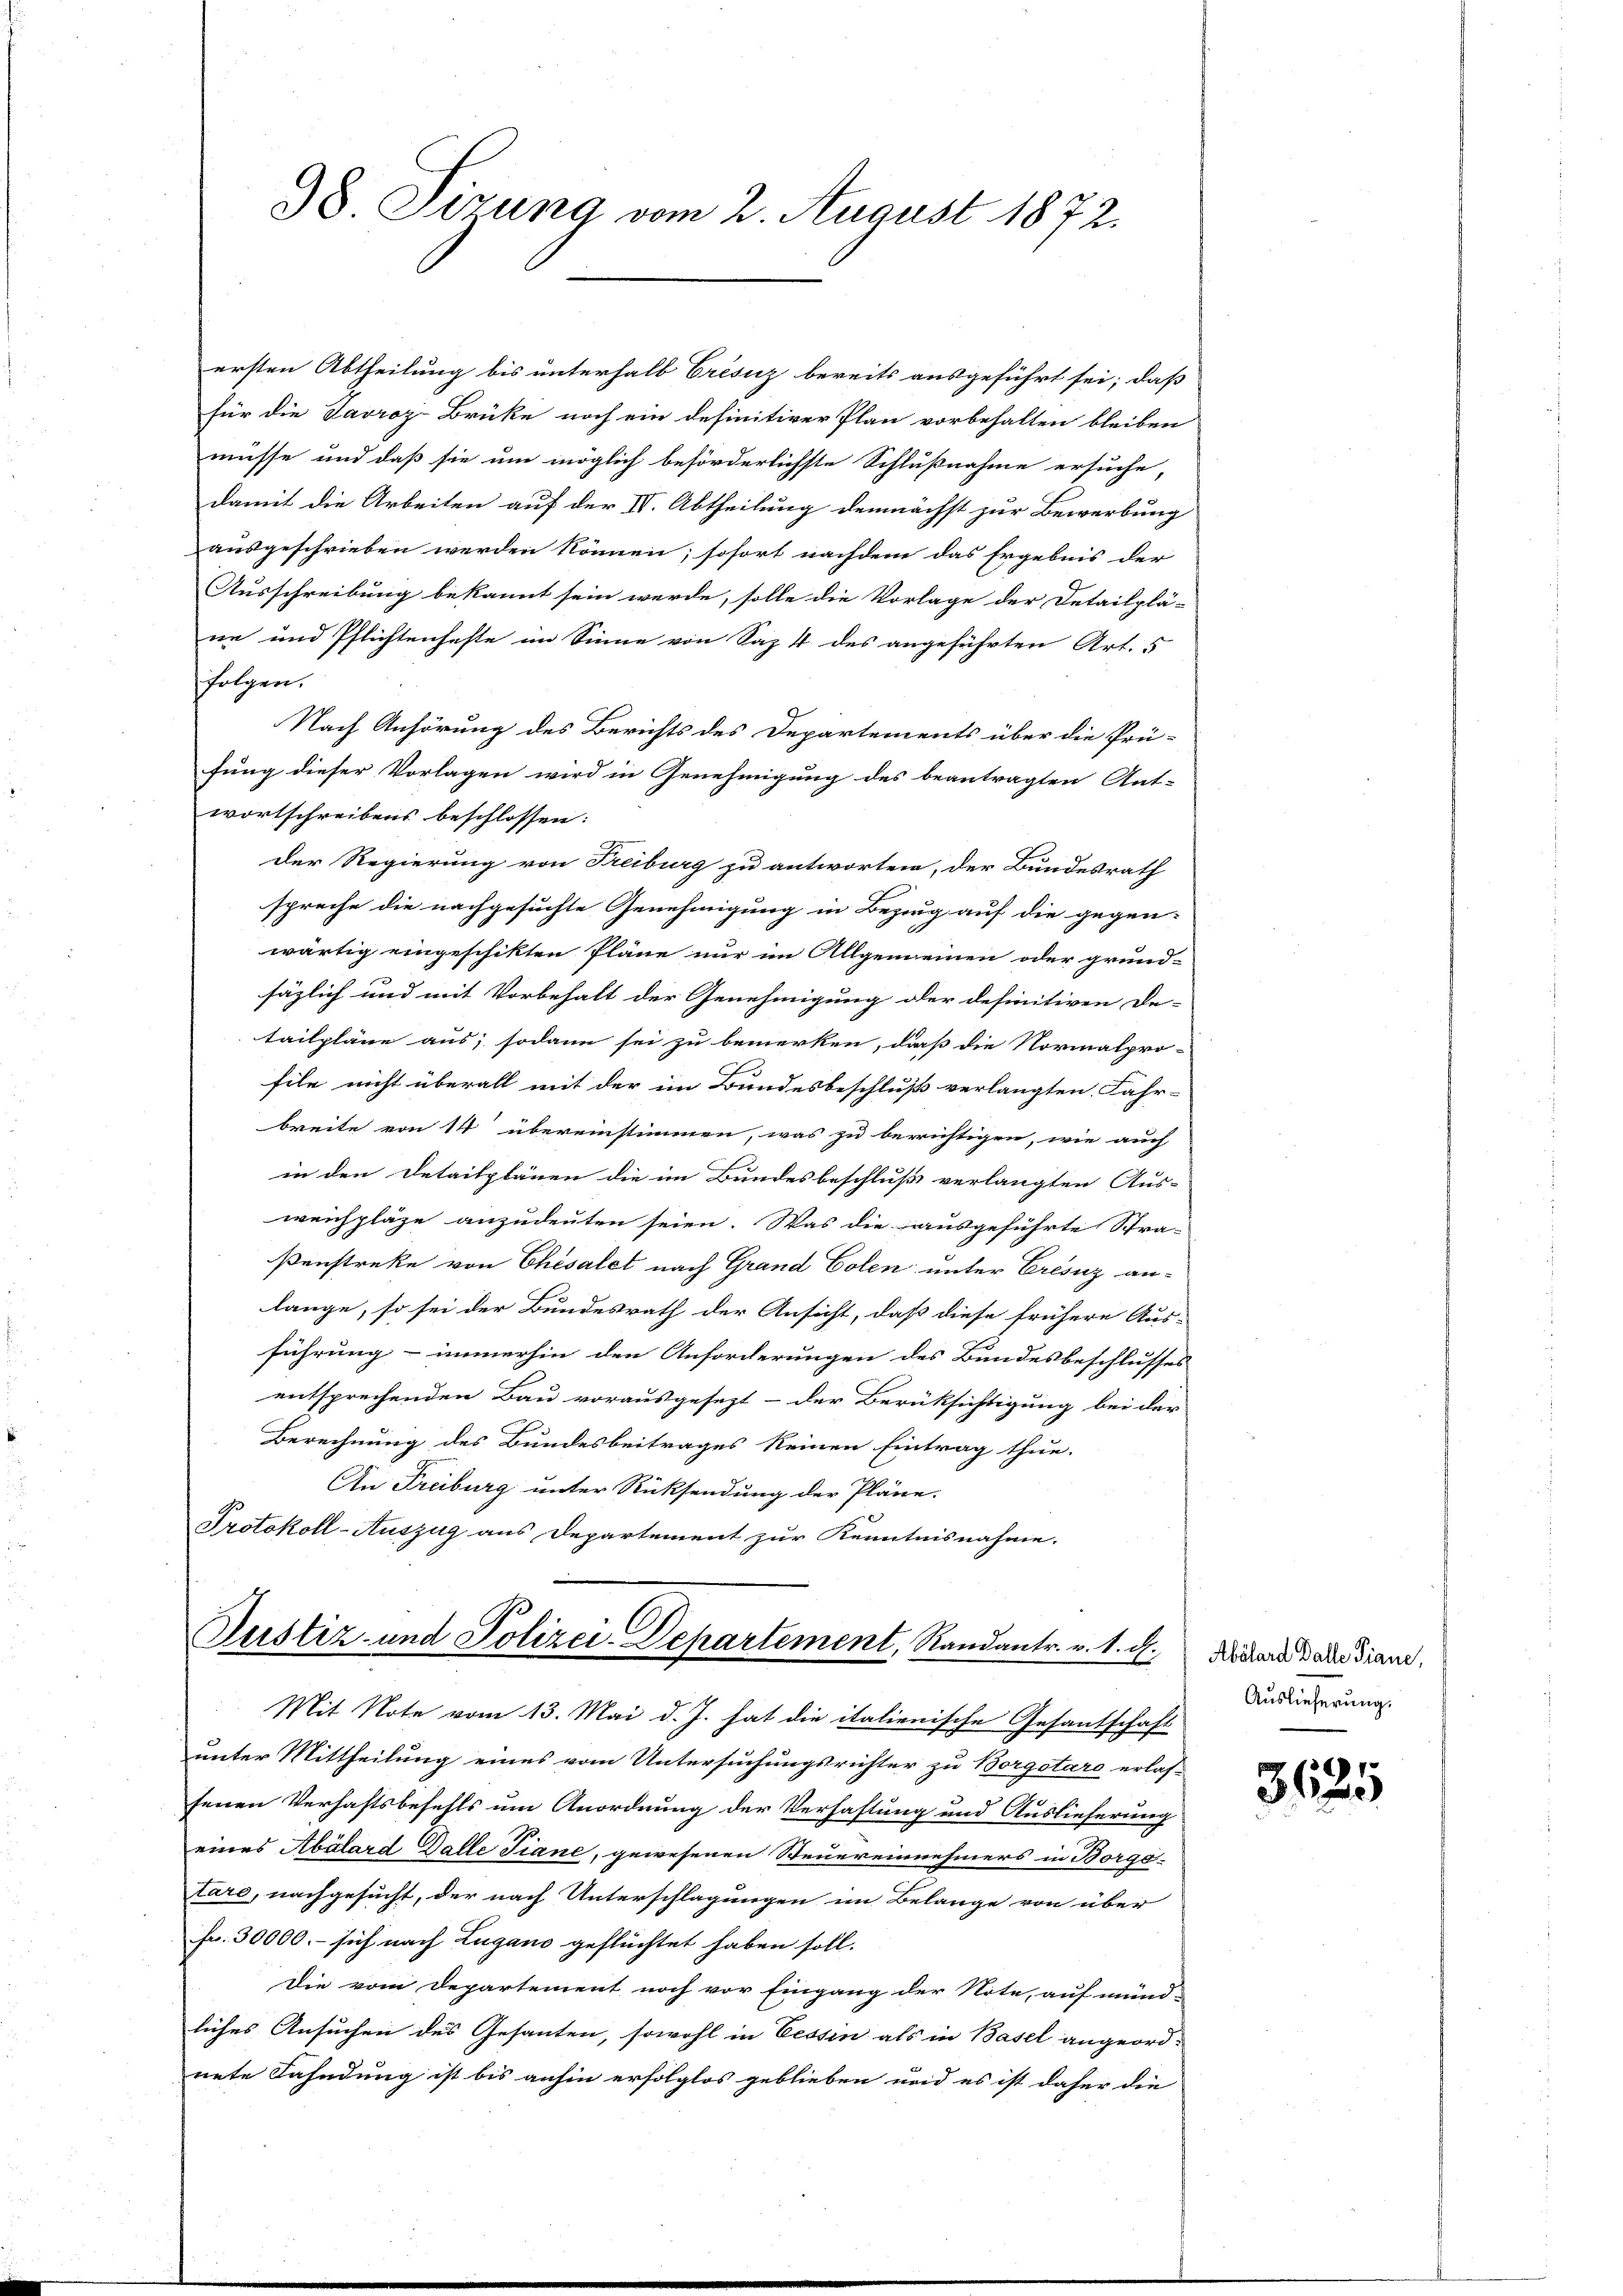
98 Sizung vom 2. August 1872.

ersten Abtheilung bis unterhalb Cresiz bereits ausgeführt sei; daß
für die Savroz-Brüke noch ein definitiver Plan vorbehalten bleiben
müsse und daß sie um möglich beförderlichste Schlußnahme ersuche,
damit die Arbeiten auf der IV. Abtheilung demnächst zur Bewerbung
ausgeschrieben werden können; sofort nachdem das Ergebnis der
Ausschreibung bekannt sein werde, solle die Vorlage der Detailplä-
ne und Pflichtenhefte im Sinne von Saz 4 des angeführten Art. 5
folgen.
Nach Anhörung des Berichts des Departements über die Prü-
fung dieser Vorlagen wird in Genehmigung des beantragten Ant-
wortschreibens beschlossen:
Der Regierung von Freiburg zu antworten, der Bundesrath
spreche die nachgesuchte Genehmigung in Bezug auf die gegen-
wärtig eingeschikten Pläne nur im Allgemeinen oder grund-
säzlich und mit Vorbehalt der Genehmigung oder definitiven De-
tailpläne aus; sodann sei zu bemerken, daß die Normalpro-
file nicht überall mit der im Bundesbeschluß verlangten Fahr-
breite von 14 übereinstimmen, was zu berichtigen, wie auch
in den Detailplänen die im Bundesbeschluß verlangten Aus-
weichpläge anzudeuten seien. Was die ausgeführte Stra-
ßenstreke von Chesalet nach Grand Colen unter Crésiz an-
lange, so sei der Bundesrath der Ansicht, daß diese frühere Aus-
führung - immerhin den Anforderungen des Bundesbeschlusses
entsprechenden Bau vorausgesezt - der Berüksichtigung bei der
Berechnung des Bundesbeitrages keinen Eintrag thue.
An Freiburg unter Rücksendung der Pläne.
Protokoll-Auszug aus Departement zur Kenntnisnahme.

Justiz- und Polizei-Departement, Randantr. v. 1. d.

Mit Note vom 13. Mai d. J. hat die italienische Gesantschaft
unter Mittheilung eines vom Untersuchungsrichter zu Borgetaro erlas-
senen Verhaftsbefehls um Anordnung der Verhaftung und Auslieferung
eines Abálard Galle Tiane, gewesenen Steuereinnehmers in Borgo
taro, nachgesucht, der nach Unterschlagungen im Belange von über
Fr. 30000.- sich nach Zugano geflüchtet haben soll.
Die vom Departement noch vor Eingang der Note, auf münd-
liches Ansuchen des Gesanten, sowohl in Cessin als in Basel angeord-
nete Fahndung ist bis anhin erfolglos geblieben und es ist daher die

Abölard Balle Piane,
Auslieferung.

3621